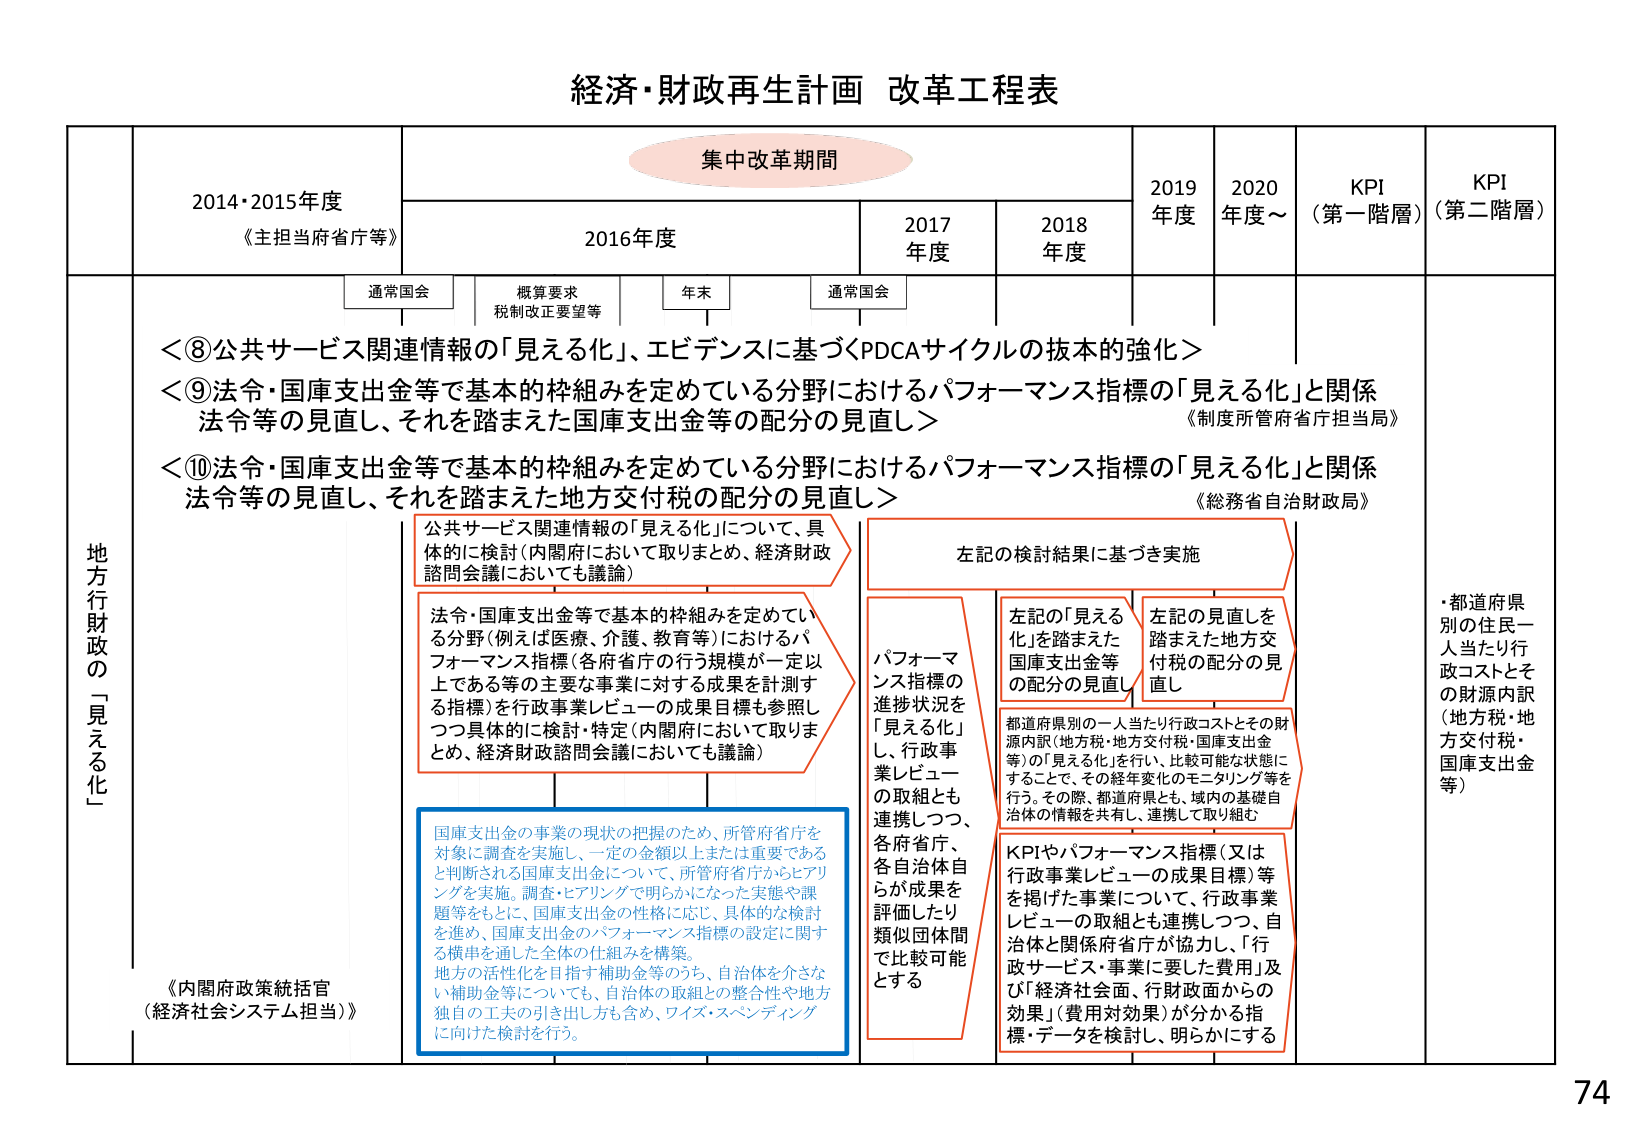
経済・財政再生計画 改革工程表

集中改革期間

2014・2015年度
《主担当省庁等》

2016年度
通常国会
概算要求
税制改正要望等
年末
通常国会

2017年度

2018年度

2019年度

2020年度～

KPI
（第一階層）

KPI
（第二階層）

地方行財政の「見える化」

＜⑧公共サービス関連情報の「見える化」、エビデンスに基づくPDCAサイクルの抜本的強化＞
＜⑨法令・国庫支出金等で基本的枠組みを定めている分野におけるパフォーマンス指標の「見える化」と関係法令等の見直し、それを踏まえた国庫支出金等の配分の見直し＞
＜⑩法令・国庫支出金等で基本的枠組みを定めている分野におけるパフォーマンス指標の「見える化」と関係法令等の見直し、それを踏まえた地方交付税の配分の見直し＞
《制度所管府省庁担当局》
《総務省自治財政局》

公共サービス関連情報の「見える化」について、具体的に検討（内閣府において取りまとめ、経済財政諮問会議においても議論）

法令・国庫支出金等で基本的枠組みを定めている分野（例えば医療、介護、教育等）におけるパフォーマンス指標（各府省庁の行う規模が一定以上である等の事業に対する成果を計測する指標）を行政事業レビューの成果目標も参照しつつ具体的に検討・特定（内閣府において取りまとめ、経済財政諮問会議においても議論）

国庫支出金の事業の現状の把握のため、所管府省庁を対象に調査を実施し、一定の金額以上または重要であると判断される国庫支出金について、所管府省庁からヒアリングを実施。調査・ヒアリングで明らかになった実態や課題等をもとに、国庫支出金の性格に応じ、具体的な検討を進め、国庫支出金のパフォーマンス指標の設定に関する横串を通した全体の仕組みを構築。
地方の活性化を目指す補助金等のうち、自治体を介さない補助金等についても、自治体の取組との整合性や地方独自の工夫の引き出し方も含め、ワイズ・スペンディングに向けた検討を行う。

左記の検討結果に基づき実施

パフォーマンス指標の進捗状況を「見える化」し、行政事業レビューの取組とも連携しつつ、各府省庁、各自治体自らが成果を評価したり類似団体間で比較可能とする

左記の「見える化」を踏まえた国庫支出金等の配分の見直し

左記の見直しを踏まえた地方交付税の配分の見直し

都道府県別の一人当たり行政コストとその財源内訳（地方税・地方交付税・国庫支出金等）の「見える化」を行い、比較可能な状態にすることで、その経年変化のモニタリング等を行う。その際、都道府県とも、域内の基礎自治体の情報を共有し、連携して取り組む

KPIやパフォーマンス指標（又は行政事業レビューの成果目標）等を掲げた事業について、行政事業レビューの取組とも連携しつつ、自治体と関係府省庁が協力し、「行政サービス・事業に要した費用」及び「経済社会面、行財政面からの効果」（費用対効果）が分かる指標・データを検討し、明らかにする

《内閣府政策統括官（経済社会システム担当）》

・都道府県別の住民一人当たり行政コストとその財源内訳（地方税・地方交付税・国庫支出金等）

74